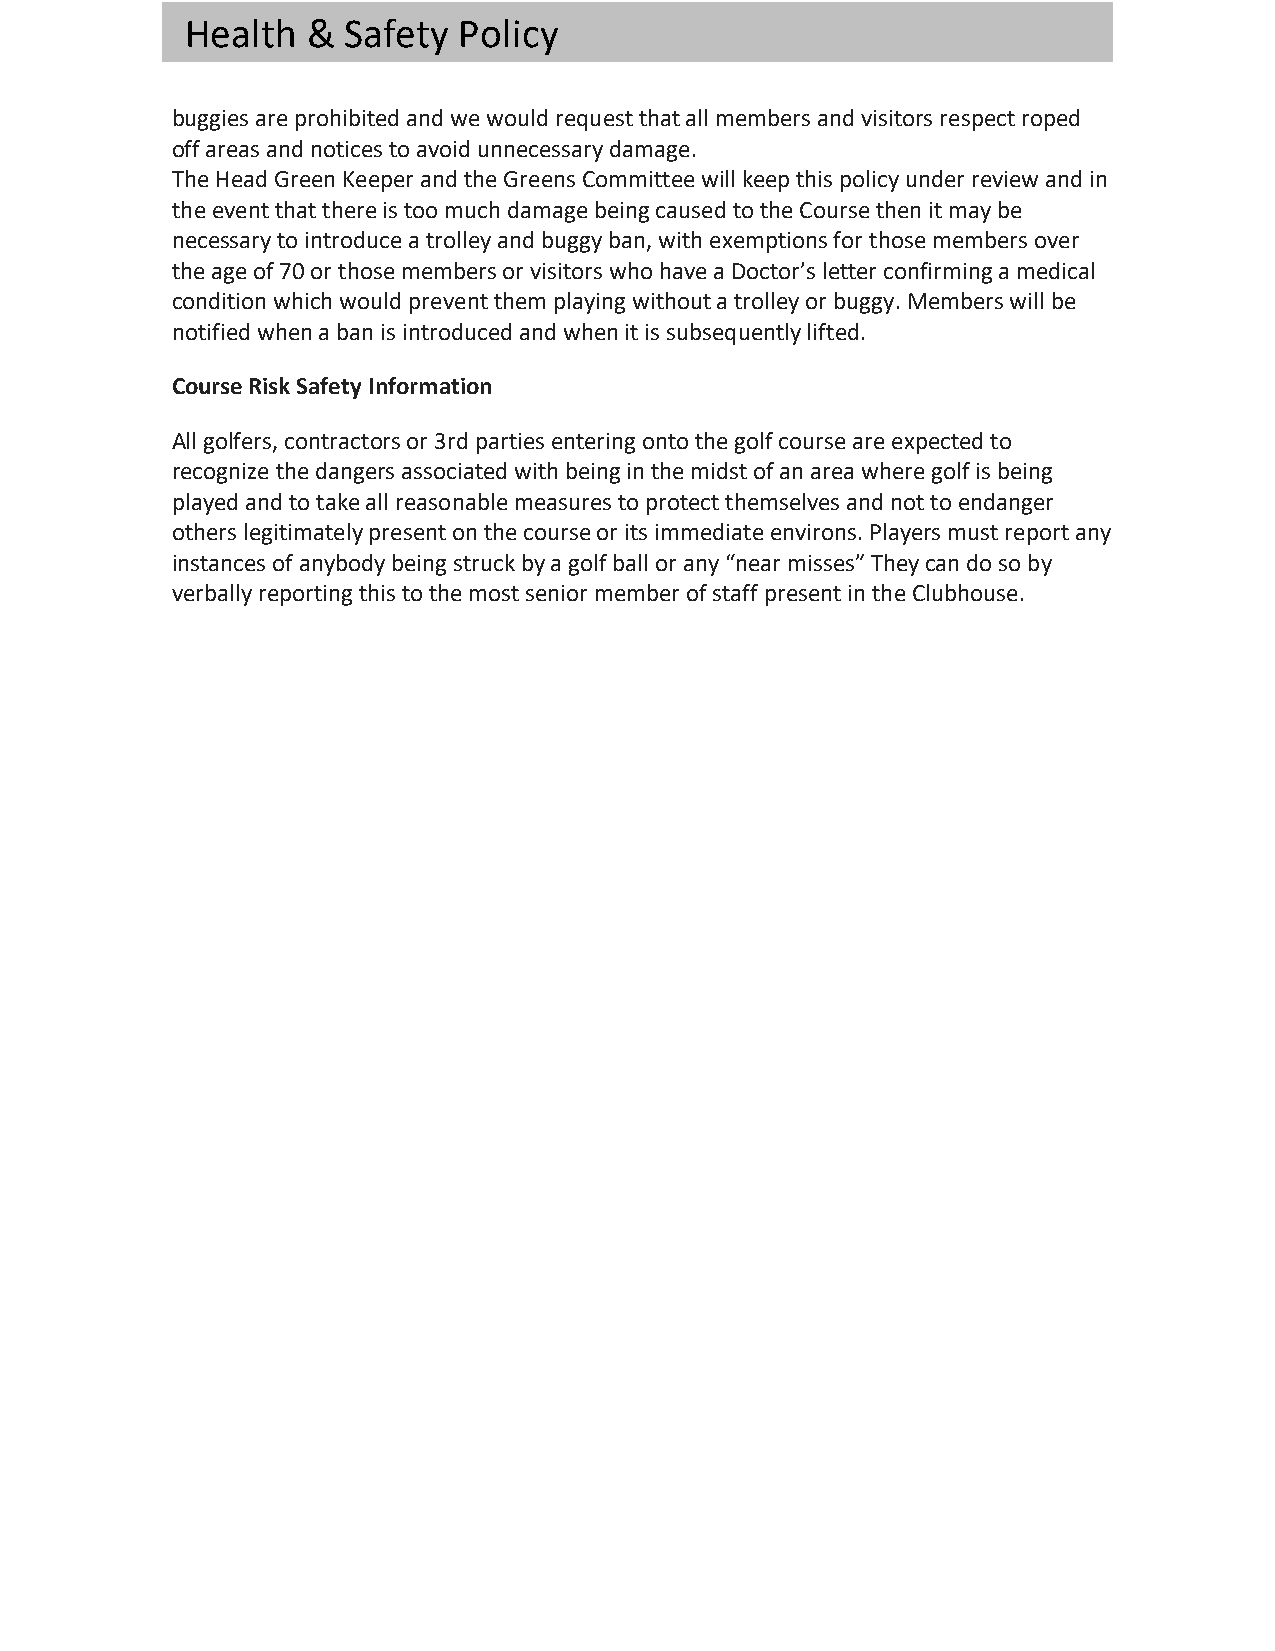
Health  &  Safety Policy
 buggies are prohibited and we would request that all members and visitors respect roped
 off areas and notices to avoid unnecessary damage.
 The Head Green Keeper and the Greens Committee will keep this policy under review and in
 the event that there is too much damage being caused to the Course then it may be
 necessary to introduce a trolley and buggy ban, with exemptions for those members over
 the age of 70 or those members or visitors who have a Doctor’s letter confirming a medical
 condition which would prevent them playing without a trolley or buggy. Members will be
 notified when a ban is introduced and when it is subsequently lifted.
 Course Risk Safety Information
 All golfers, contractors or 3rd parties entering onto the golf course are expected to
 recognize the dangers associated with being in the midst of an area where golf is being
 played and to take all reasonable measures to protect themselves and not to endanger
 others legitimately present on the course or its immediate environs. Players must report any
 instances of anybody being struck by a golf ball or any “near misses” They can do so by
 verbally reporting this to the most senior member of staff present in the Clubhouse.